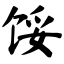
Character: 馁